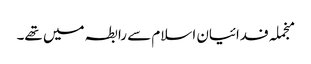
منجملہ فدائیان اسلام سے رابطہ میں تھے۔